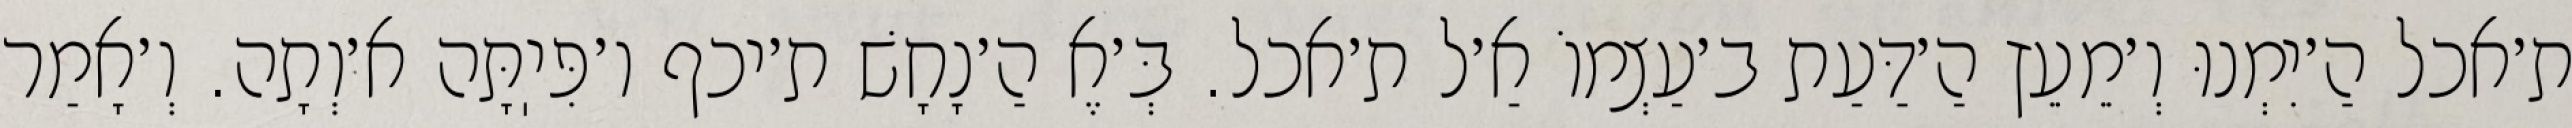
ת׳אכל הַ׳יִמְנוּ וְ׳מֵעֵץ הַ׳דַּעַת ב׳עַצְמוֹ אַ׳ל ת׳אכל. בְּ׳אֶ הַ׳נָחָשׁ ת׳יכף ו׳פִּיֽתָּה א׳וְתָה. וְ׳אָמַר